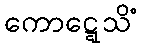
ကောဋ္ဋေသိံ